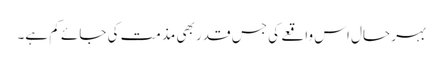
بہر حال اس واقعے کی جس قدر بھی مذمت کی جائے کم ہے۔